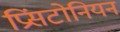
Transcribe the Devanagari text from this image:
प्रिंसटोनियन